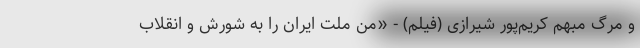
و مرگ مبهم کریم‌پور شیرازی (فیلم) - «من ملت ایران را به شورش و انقلاب